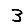
Digit: 3